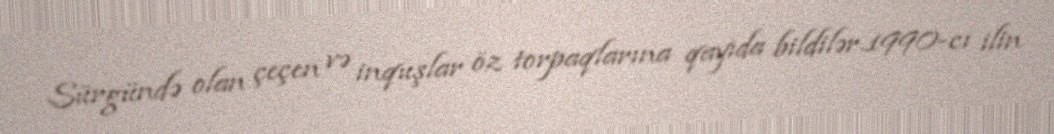
Sürgündə olan çeçen və inquşlar öz torpaqlarına qayıda bildilər.1990-cı ilin